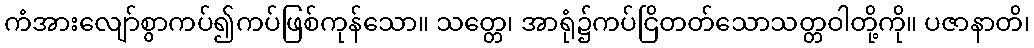
ကံအားလျော်စွာကပ်၍ကပ်ဖြစ်ကုန်သော။ သတ္တေ၊ အာရုံ၌ကပ်ငြိတတ်သောသတ္တဝါတို့ကို။ ပဇာနာတိ၊